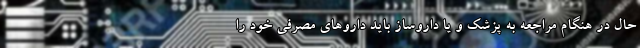
حال در هنگام مراجعه به پزشک و یا داروساز باید داروهای مصرفی خود را